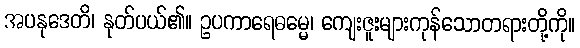
အပနုဒေတိ၊ နုတ်ပယ်၏။ ဥပကာရေဓမ္မေ၊ ကျေးဇူးများကုန်သောတရားတို့ကို။